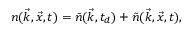
n ( \vec { k } , \vec { x } , t ) = \bar { n } ( \vec { k } , t _ { d } ) + \tilde { n } ( \vec { k } , \vec { x } , t ) ,